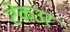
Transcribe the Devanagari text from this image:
टेकउर